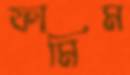
ফামিম